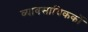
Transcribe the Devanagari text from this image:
व्यावसायिककों